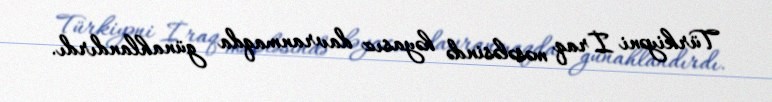
Türkiyəni İraq məsələsində həyasız davranmaqda günahlandırdı.